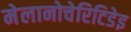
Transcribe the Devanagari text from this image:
मेलानोचेरिटिडेइ